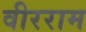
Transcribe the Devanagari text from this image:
वीरराम